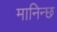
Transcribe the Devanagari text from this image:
मानिन्छ